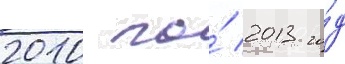
2010 по́ 2013 го́д